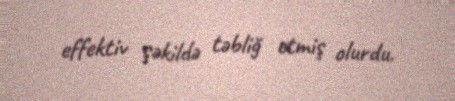
effektiv şəkildə təbliğ etmiş olurdu.